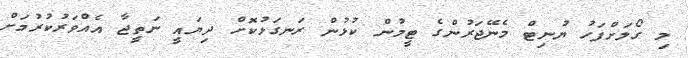
މި ގޯލަށްފަހު ޔުނިޓް މެނޭޖަރުންގެ ޓީމުން ކުޅުން ރަނގަޅުކޮށް ދިޔައީ ނަތީޖާ އެއްވަރުކުރުމަށް